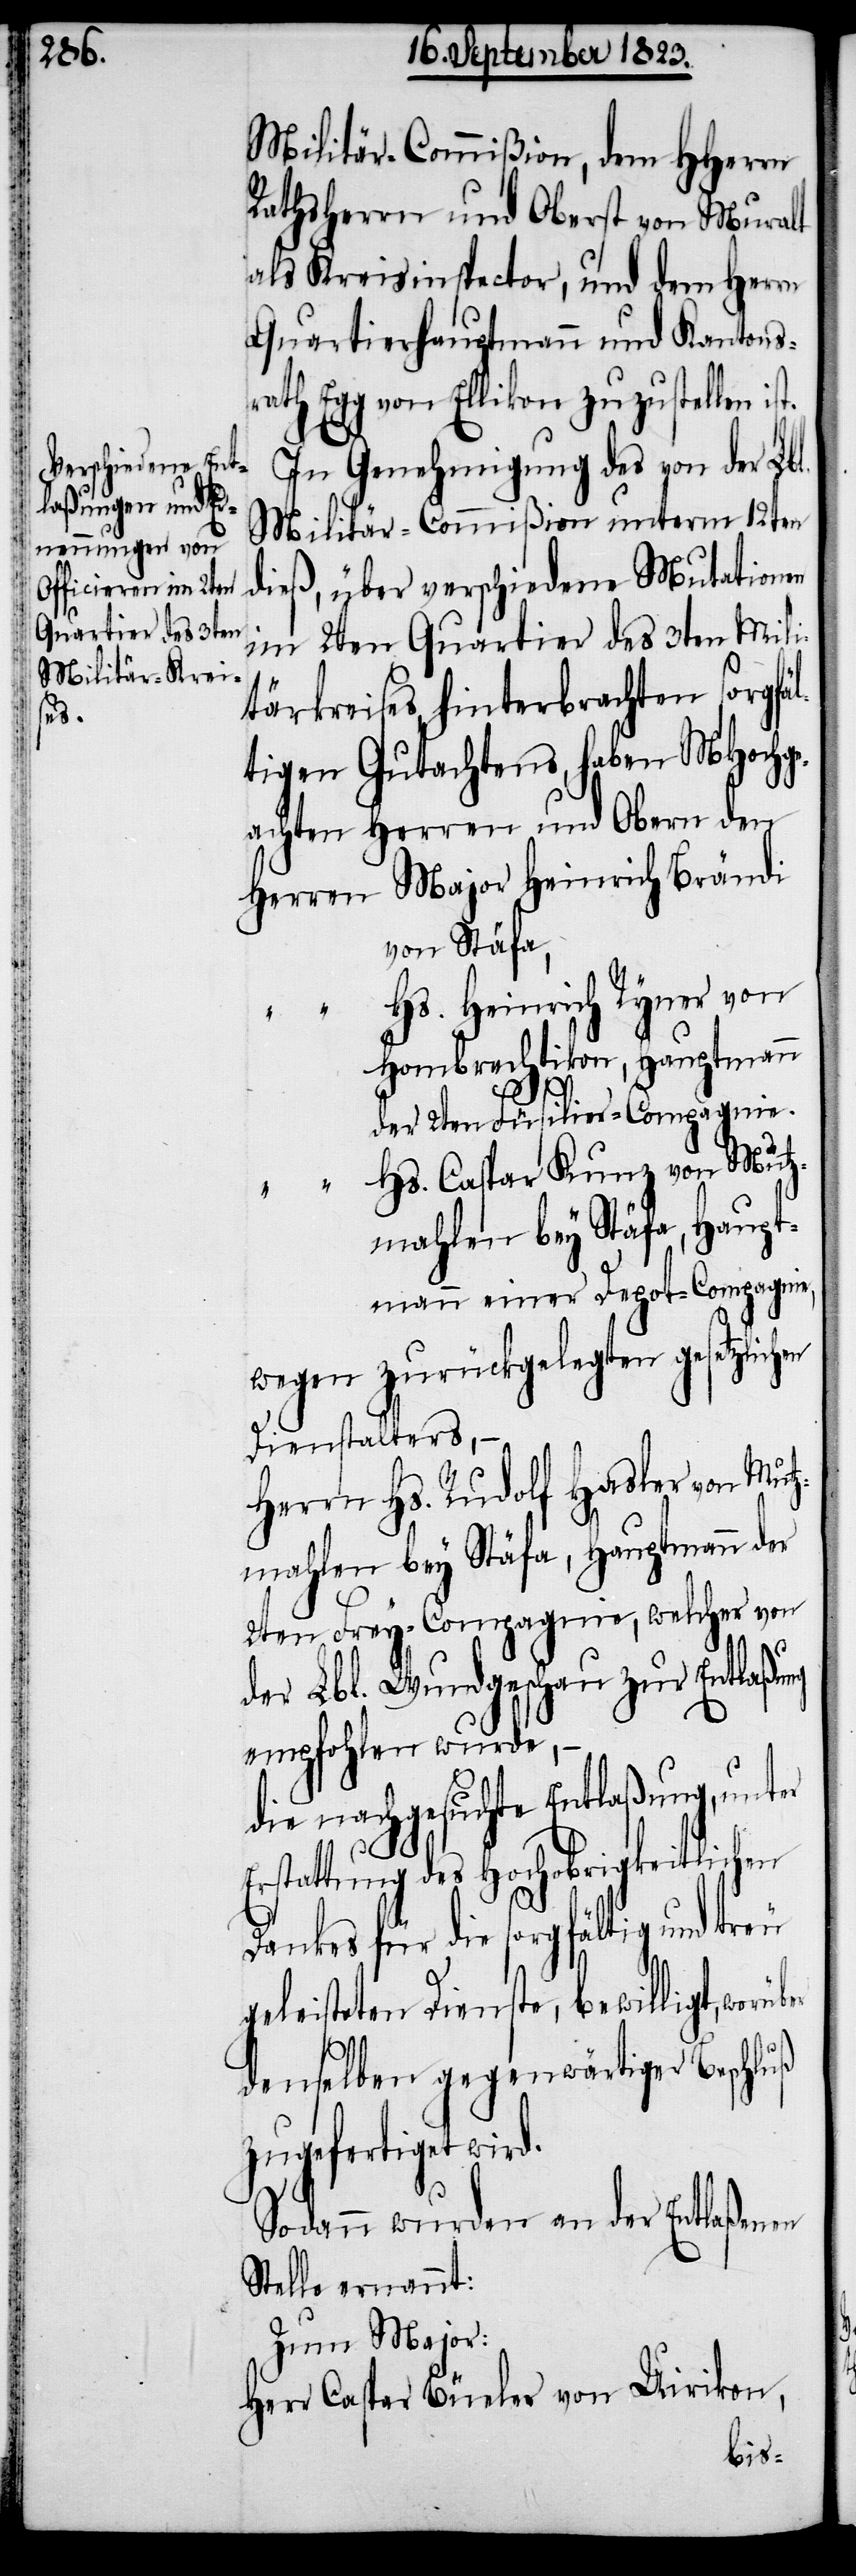
Militär-Commißion, dem HHerrn
Rathsherrn und Oberst von Muralt
als Kreisinspector, und dem Herrn
Quartierhauptmann und Kantons¬
rath Egg von Ellikon zuzustellen is¬
In Genehmigung des von der Lbl.
Militär-Commißion unterm 12ten
dieß, über verschiedene Mutationen
im 2ten Quartier des 3ten Mili¬
tärkreises, hinterbrachten sorgfäl¬
tigen Gutachtens, haben MHochge¬
achten Herren und Obern den
von Stäfa,
Hs. Heinrich Ryner von
Hombrechtikon, Hauptmann
der 2ten Füsilier-Compagnie.
Hs. Caspar Kunz von Mutz¬
en
t.
mahlen bey Stäfa, Haupt¬
mann einer Depot-Compagnie,
wegen zurückgelegten gesetzlich¬
Dienstalters, −
Herrn Hs. Rudolf Hasler von Mutz¬
mahlen bey Stäfa, Hauptmann der
2ten Frey-Compagnie, welchervon
der Lbl. Wundgeschau zur Entlaßung
empfohlen wurde, −
die nachgesuchte Entlaßung, unter
Erstattung des Hochobrigkeitlichen
Dankes für die sorgfältig und treu
geleisteten Dienste, bewilligt,
denselben gegenwärtiger Beschluß
zugefertiget wird.
Sodann wurden an der Entlaßenen
Stelle ernennt:
Zum Major:
Herr Caspar Büeler von Uirikon,